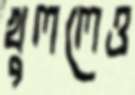
খুললেও